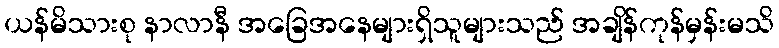
ယန်မိသားစု နာလာနီ အခြေအနေများရှိသူများသည် အချိန်ကုန်မှန်းမသိ